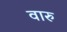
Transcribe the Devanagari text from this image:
वारु